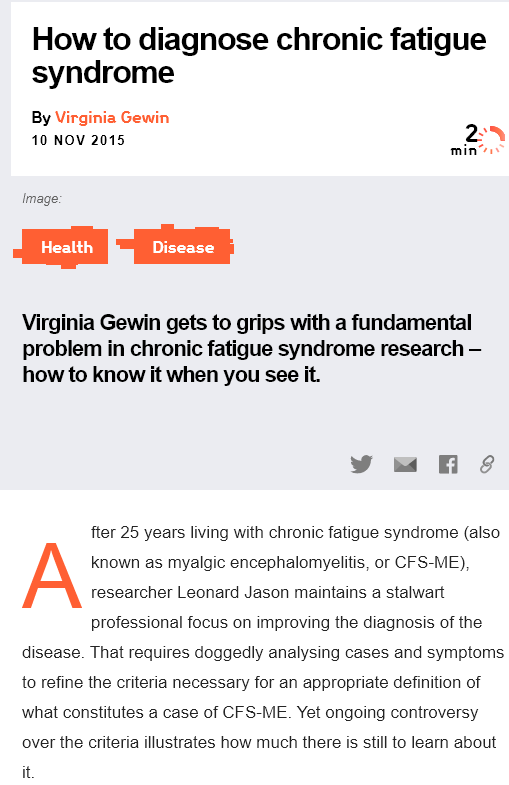
How to    diagnose    chronic    fatigue
    syndrome
     fter 25 years living with chronic fatigue syndrome (also
     known as myalgic encephalomyelitis, or CFS-ME),
     researcher Leonard Jason maintains a stalwart
     professional focus on improving the diagnosis of the
   disease. That requires doggedly analysing cases and symptoms
   to refine the criteria necessary for an appropriate definition of
   what constitutes a case of CFS-ME. Yet ongoing controversy
   over the criteria illustrates how much there is still to learn about
   it
    By Virginia Gewin
    10 NOV  2015
   Image:
     faye tt
   Virginia  Gewin gets to   grips with  a fundamental
   problem in   chronic   fatigue syndrome    research
     —
   how   to know it  when you  see it.